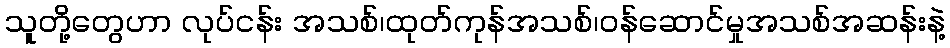
သူတို့တွေဟာ လုပ်ငန်း အသစ်၊ထုတ်ကုန်အသစ်၊ဝန်ဆောင်မှုအသစ်အဆန်းနဲ့